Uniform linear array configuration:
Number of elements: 48
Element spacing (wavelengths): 0.25
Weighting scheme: binomial
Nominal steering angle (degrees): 0
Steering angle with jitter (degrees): -0.07222
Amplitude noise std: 0.05
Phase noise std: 0.05

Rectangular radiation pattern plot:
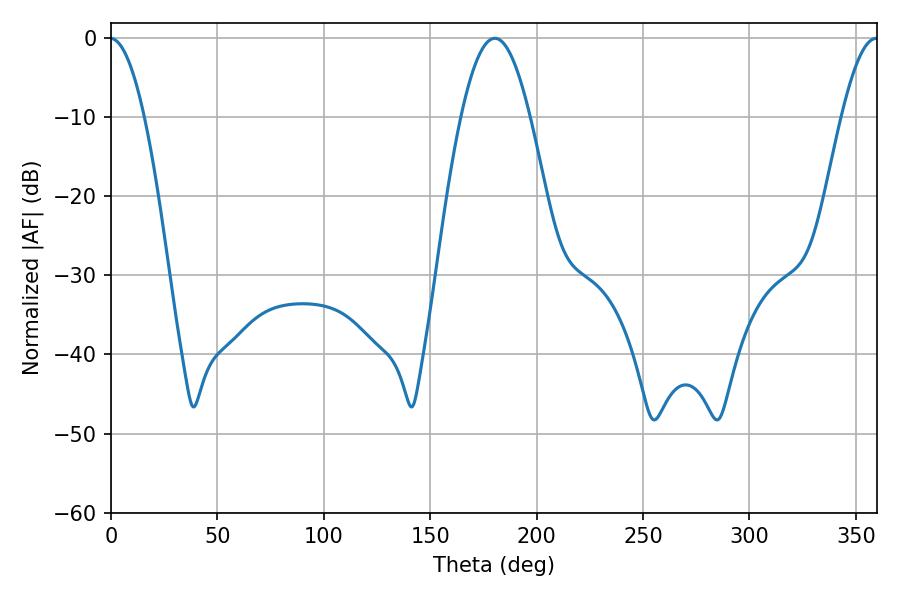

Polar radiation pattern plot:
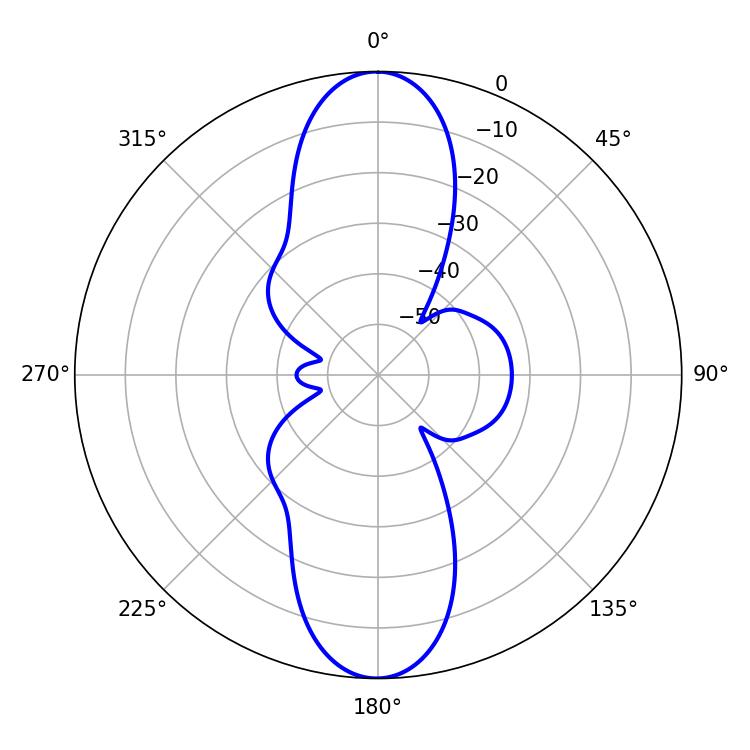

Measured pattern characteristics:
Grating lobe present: FALSE
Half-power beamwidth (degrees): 17.46
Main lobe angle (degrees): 180.36